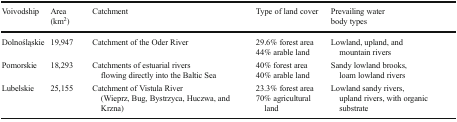
<table><thead><tr><td><b>Voivodship</b></td><td><b>Area (km<sup>2</sup>)</b></td><td><b>Catchment</b></td><td><b>Type of land cover</b></td><td><b>Prevailing water body types</b></td></tr></thead><tbody><tr><td>Dolnośląskie</td><td>19,947</td><td>Catchment of the Oder River</td><td>29.6% forest area44% arable land</td><td>Lowland, upland, and mountain rivers</td></tr><tr><td>Pomorskie</td><td>18,293</td><td>Catchments of estuarial rivers flowing directly into the Baltic Sea</td><td>40% forest area40% arable land</td><td>Sandy lowland brooks, loam lowland rivers</td></tr><tr><td>Lubelskie</td><td>25,155</td><td>Catchment of Vistula River (Wieprz, Bug, Bystrzyca, Huczwa, and Krzna)</td><td>23.3% forest area70% agricultural land</td><td>Lowland sandy rivers, upland rivers, with organic substrate</td></tr></tbody></table>